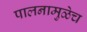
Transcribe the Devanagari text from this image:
पालनामुळेच